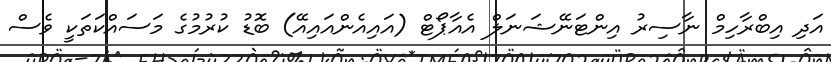
އަދި އިބްރާހިމް ނާސިރު އިންޓަނޭޝަނަލް އެއާޕޯޓް (އައިއެންއައިއޭ) ބޮޑު ކުރުމުގެ މަސައްކަތަކީ ވެސް